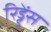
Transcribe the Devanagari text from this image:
रिड्डेंस